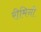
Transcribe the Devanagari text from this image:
रीमिनी